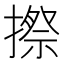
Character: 摖